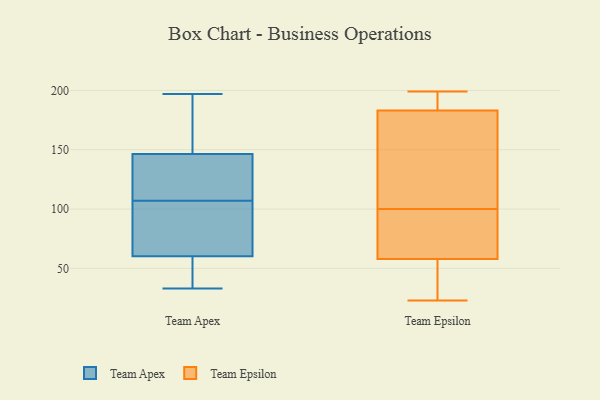
{"axis": {"x": "Website Visitors", "y": "Value"}, "legend": ["Team Apex", "Team Epsilon"], "data": [{"x": "", "y": 114, "type": "Team Apex"}, {"x": "", "y": 47, "type": "Team Apex"}, {"x": "", "y": 143, "type": "Team Apex"}, {"x": "", "y": 157, "type": "Team Apex"}, {"x": "", "y": 49, "type": "Team Apex"}, {"x": "", "y": 91, "type": "Team Apex"}, {"x": "", "y": 107, "type": "Team Apex"}, {"x": "", "y": 103, "type": "Team Apex"}, {"x": "", "y": 161, "type": "Team Apex"}, {"x": "", "y": 95, "type": "Team Apex"}, {"x": "", "y": 64, "type": "Team Apex"}, {"x": "", "y": 197, "type": "Team Apex"}, {"x": "", "y": 175, "type": "Team Apex"}, {"x": "", "y": 116, "type": "Team Apex"}, {"x": "", "y": 33, "type": "Team Apex"}, {"x": "", "y": 142, "type": "Team Apex"}, {"x": "", "y": 49, "type": "Team Apex"}, {"x": "", "y": 167, "type": "Team Epsilon"}, {"x": "", "y": 183, "type": "Team Epsilon"}, {"x": "", "y": 23, "type": "Team Epsilon"}, {"x": "", "y": 40, "type": "Team Epsilon"}, {"x": "", "y": 190, "type": "Team Epsilon"}, {"x": "", "y": 43, "type": "Team Epsilon"}, {"x": "", "y": 198, "type": "Team Epsilon"}, {"x": "", "y": 199, "type": "Team Epsilon"}, {"x": "", "y": 80, "type": "Team Epsilon"}, {"x": "", "y": 70, "type": "Team Epsilon"}, {"x": "", "y": 59, "type": "Team Epsilon"}, {"x": "", "y": 99, "type": "Team Epsilon"}, {"x": "", "y": 28, "type": "Team Epsilon"}, {"x": "", "y": 102, "type": "Team Epsilon"}, {"x": "", "y": 117, "type": "Team Epsilon"}, {"x": "", "y": 101, "type": "Team Epsilon"}, {"x": "", "y": 190, "type": "Team Epsilon"}, {"x": "", "y": 58, "type": "Team Epsilon"}]}